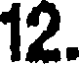
12.